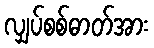
လျှပ်စစ်ဓာတ်အား